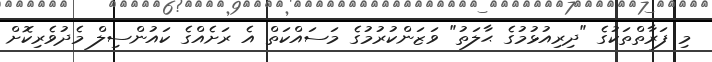
މި ފަރާތްތަކުގެ "ދިރިއުޅުމުގެ ޙާލަތު" ވަޒަންކުރުމުގެ މަސައްކަތް އެ ރަށެއްގެ ކައުންސިލް މެދުވެރިކޮށް